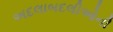
અદલાબદલીઓની